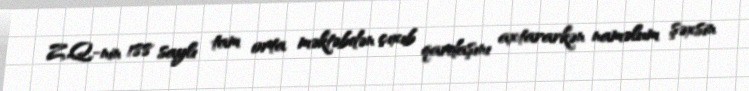
Z.Q.-nin 188 saylı tam orta məktəbdən çıxıb qardaşını axtararkən naməlum şəxsin